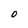
Character: O